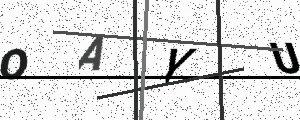
Text: OAYU